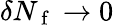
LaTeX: \delta N_{\mathrm{~f~}}\to 0